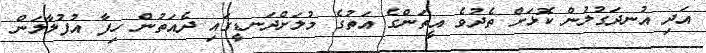
އަދި އުނދަގުލުން ކޮޅަށް ތެދުވެ އީތަންގެ އަތުގެ މުލަށްދަނޑީގައި ދެއަތުން ހިފާ އުފުލާލަން